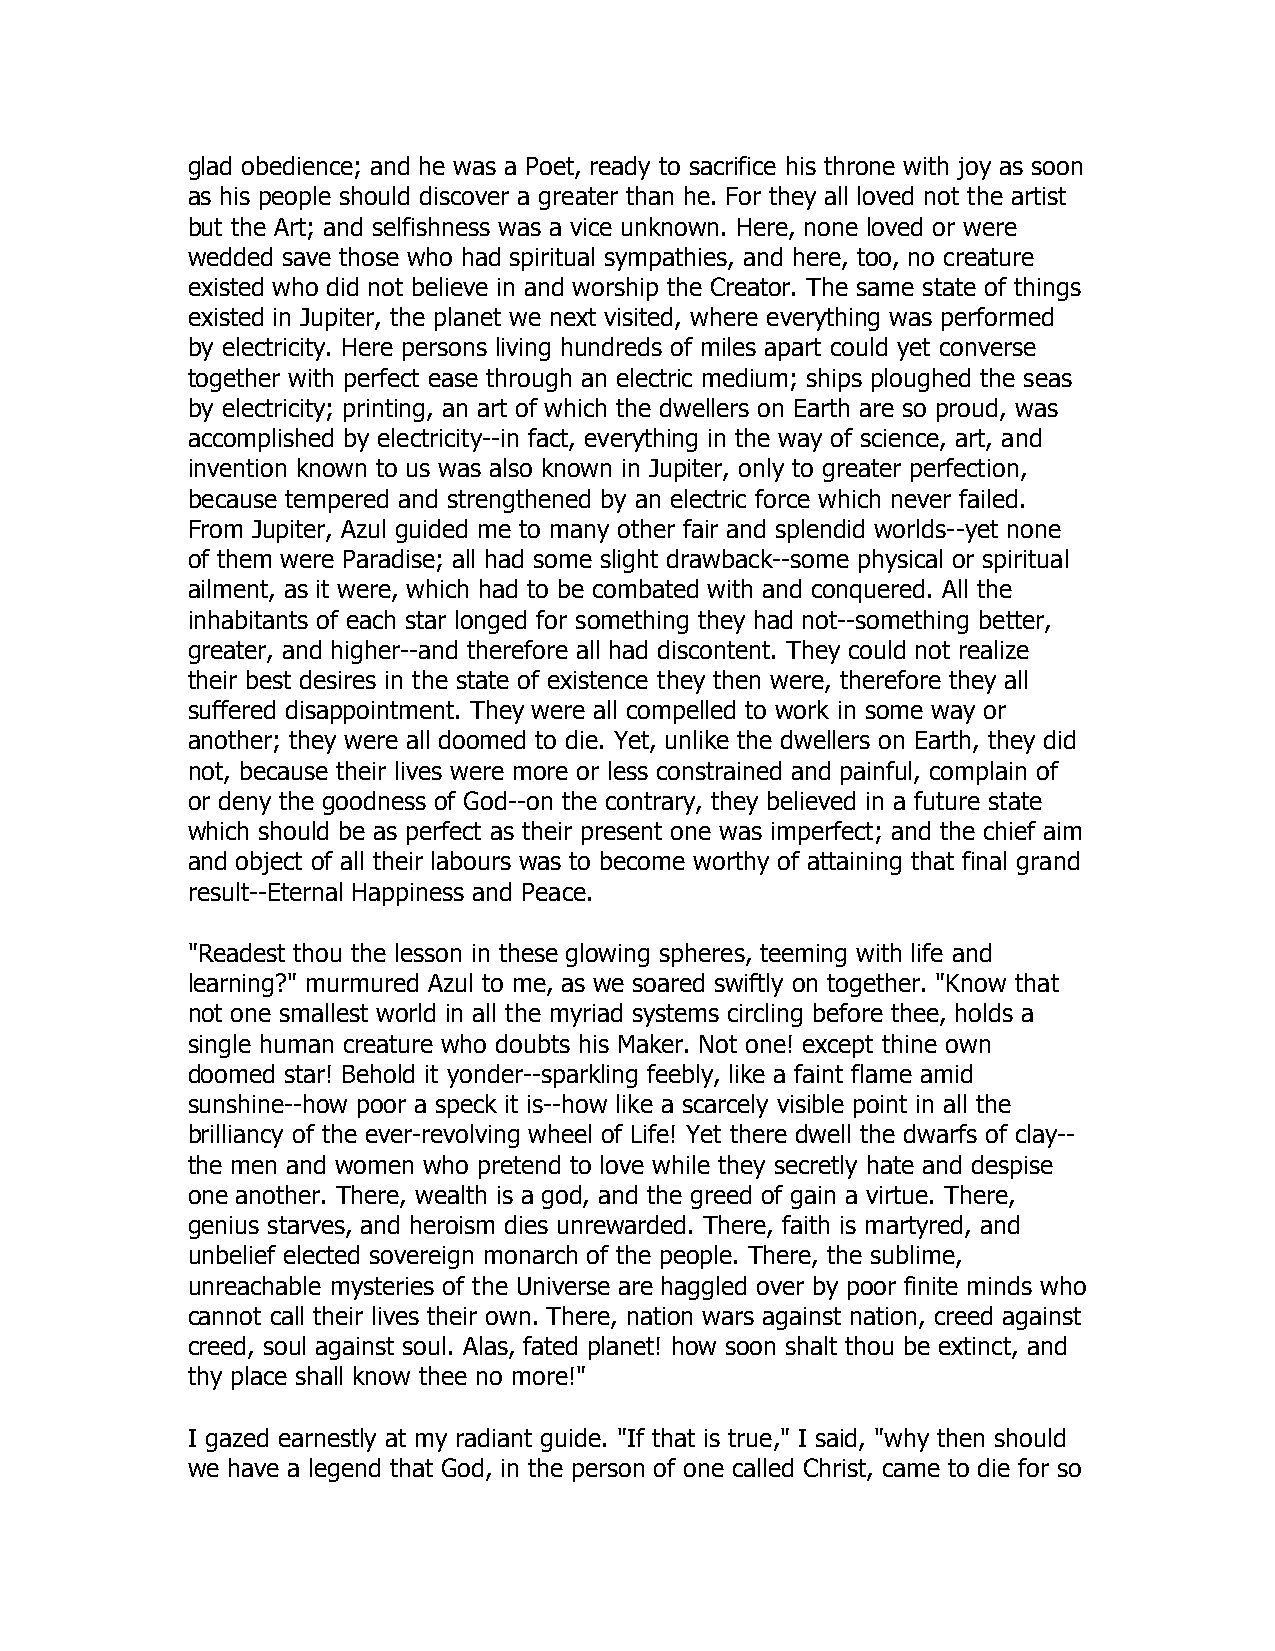
glad obedience; and he was a Poet, ready to sacrifice his throne with joy as soon
 as his people should discover a greater than he. For they all loved not the artist
 but the Art; and selfishness was a vice unknown. Here, none loved or were
 wedded save those who had spiritual sympathies, and here, too, no creature
 existed who did not believe in and worship the Creator. The same state of things
 existed in Jupiter, the planet we next visited, where everything was performed
 by electricity. Here persons living hundreds of miles apart could yet converse
 together with perfect ease through an electric medium; ships ploughed the seas
 by electricity; printing, an art of which the dwellers on Earth are so proud, was
 accomplished by electricity--in fact, everything in the way of science, art, and
 invention known to us was also known in Jupiter, only to greater perfection,
 because tempered and strengthened by an electric force which never failed.
 From Jupiter, Azul guided me to many other fair and splendid worlds--yet none
 of them were Paradise; all had some slight drawback--some physical or spiritual
 ailment, as it were, which had to be combated with and conquered. All the
 inhabitants of each star longed for something they had not--something better,
 greater, and higher--and therefore all had discontent. They could not realize
 their best desires in the state of existence they then were, therefore they all
 suffered disappointment. They were all compelled to work in some way or
 another; they were all doomed to die. Yet, unlike the dwellers on Earth, they did
 not, because their lives were more or less constrained and painful, complain of
 or deny the goodness of God--on the contrary, they believed in a future state
 which should be as perfect as their present one was imperfect; and the chief aim
 and object of all their labours was to become worthy of attaining that final grand
 result--Eternal Happiness and Peace.
 "Readest thou the lesson in these glowing spheres, teeming with life and
 learning?" murmured Azul to me, as we soared swiftly on together. "Know that
 not one smallest world in all the myriad systems circling before thee, holds a
 single human creature who doubts his Maker. Not one! except thine own
 doomed star! Behold it yonder--sparkling feebly, like a faint flame amid
 sunshine--how poor a speck it is--how like a scarcely visible point in all the
 brilliancy of the ever-revolving wheel of Life! Yet there dwell the dwarfs of clay--
 the men and women who pretend to love while they secretly hate and despise
 one another. There, wealth is a god, and the greed of gain a virtue. There,
 genius starves, and heroism dies unrewarded. There, faith is martyred, and
 unbelief elected sovereign monarch of the people. There, the sublime,
 unreachable mysteries of the Universe are haggled over by poor finite minds who
 cannot call their lives their own. There, nation wars against nation, creed against
 creed, soul against soul. Alas, fated planet! how soon shalt thou be extinct, and
 thy place shall know thee no more!"
 I gazed earnestly at my radiant guide. "If that is true," I said, "why then should
 we have a legend that God, in the person of one called Christ, came to die for so